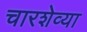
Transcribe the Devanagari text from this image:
चारशेव्या